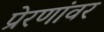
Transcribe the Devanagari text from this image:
प्रेरणांवर